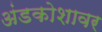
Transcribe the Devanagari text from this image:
अंडकोशावर